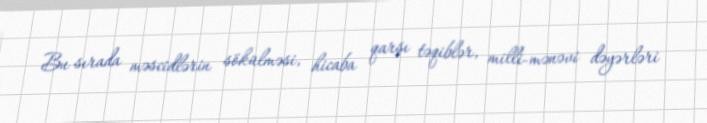
Bu sırada məscidlərin sökülməsi, hicaba qarşı təqiblər, milli-mənəvi dəyərləri